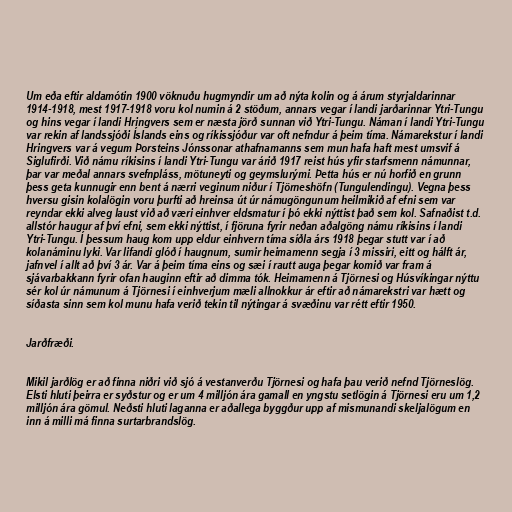
Um eða eftir aldamótin 1900 vöknuðu hugmyndir um að nýta kolin og á árum styrjaldarinnar
1914-1918, mest 1917-1918 voru kol numin á 2 stöðum, annars vegar í landi jarðarinnar Ytri-Tungu
og hins vegar í landi Hringvers sem er næsta jörð sunnan við Ytri-Tungu. Náman í landi Ytri-Tungu
var rekin af landssjóði Íslands eins og ríkissjóður var oft nefndur á þeim tíma. Námarekstur í landi
Hringvers var á vegum Þorsteins Jónssonar athafnamanns sem mun hafa haft mest umsvif á
Siglufirði. Við námu ríkisins í landi Ytri-Tungu var árið 1917 reist hús yfir starfsmenn námunnar,
þar var meðal annars svefnpláss, mötuneyti og geymslurými. Þetta hús er nú horfið en grunn
þess geta kunnugir enn bent á nærri veginum niður í Tjörneshöfn (Tungulendingu). Vegna þess
hversu gisin kolalögin voru þurfti að hreinsa út úr námugöngunum heilmikið af efni sem var
reyndar ekki alveg laust við að væri einhver eldsmatur í þó ekki nýttist það sem kol. Safnaðist t.d.
allstór haugur af því efni, sem ekki nýttist, í fjöruna fyrir neðan aðalgöng námu ríkisins í landi
Ytri-Tungu. Í þessum haug kom upp eldur einhvern tíma síðla árs 1918 þegar stutt var í að
kolanáminu lyki. Var lifandi glóð í haugnum, sumir heimamenn segja í 3 missiri, eitt og hálft ár,
jafnvel í allt að því 3 ár. Var á þeim tíma eins og sæi í rautt auga þegar komið var fram á
sjávarbakkann fyrir ofan hauginn eftir að dimma tók. Heimamenn á Tjörnesi og Húsvíkingar nýttu
sér kol úr námunum á Tjörnesi í einhverjum mæli allnokkur ár eftir að námarekstri var hætt og
síðasta sinn sem kol munu hafa verið tekin til nýtingar á svæðinu var rétt eftir 1950.

Jarðfræði.

Mikil jarðlög er að finna niðri við sjó á vestanverðu Tjörnesi og hafa þau verið nefnd Tjörneslög.
Elsti hluti þeirra er syðstur og er um 4 milljón ára gamall en yngstu setlögin á Tjörnesi eru um 1,2
milljón ára gömul. Neðsti hluti laganna er aðallega byggður upp af mismunandi skeljalögum en
inn á milli má finna surtarbrandslög.